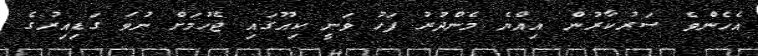
އެހެންވެ ސަރުކާރުން އިއްޔެ މެންދުރު ފަހު ވަނީ ކިއޫގައި ޖެހުމަށް ނުވަ ގަޑިއިރުގެ